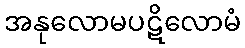
အနုလောမပဋိလောမံ